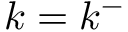
k = k ^ { - }